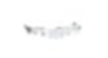
Text: -
Cross-out: single-line
Writing tool: pencil